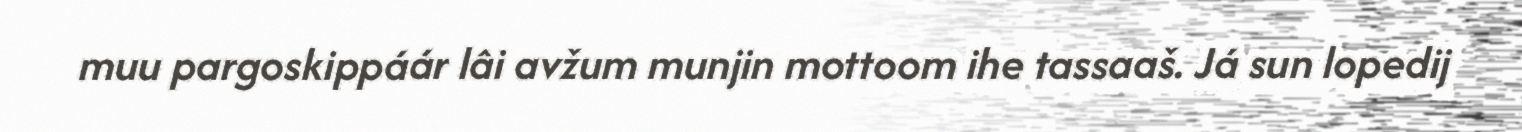
muu pargoskippáár lâi avžum munjin mottoom ihe tassaaš. Já sun lopedij